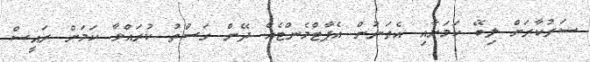
ސަރުކާރަށް ލިބޭ ކަމަށާއި އެތަނުން އެޕާޓްމެންޓެއް ދޭން ގަސްތު ކުރައްވާ ކަމަށް ރައީސް